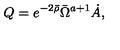
Q = e ^ { - 2 \bar { \rho } } \bar { \Omega } ^ { a + 1 } \dot { A } ,